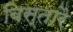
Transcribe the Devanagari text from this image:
बिस्तारै